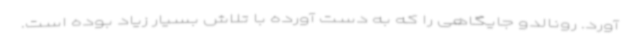
آورد. رونالدو جایگاهی را که به دست آورده با تلاش بسیار زیاد بوده است.